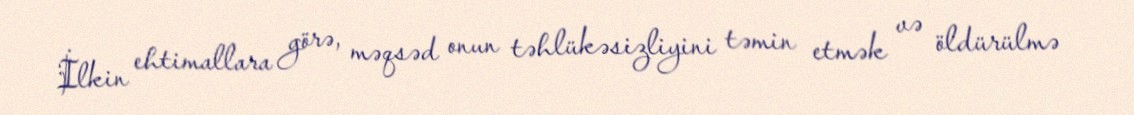
İlkin ehtimallara görə, məqsəd onun təhlükəsizliyini təmin etmək və öldürülmə